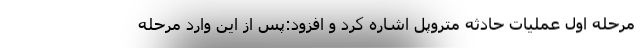
مرحله اول عملیات حادثه متروپل اشاره کرد و افزود:پس از این وارد مرحله